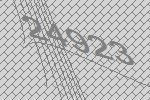
24923